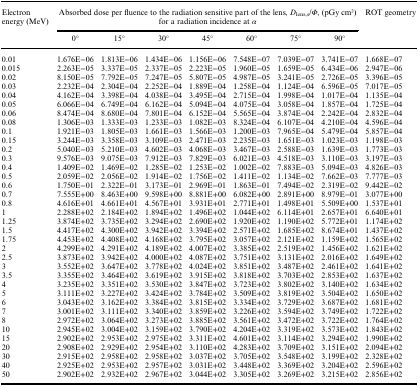
<table><thead><tr><td rowspan="2"><b>Electron energy (MeV)</b></td><td colspan="7"><b>Absorbed dose per fluence to the radiation sensitive part of the lens, <i>D</i><sub>lens,s</sub>/<i>Φ</i>, (pGy cm2) for a radiation incidence at <i>α</i></b></td><td rowspan="2"><b>ROT geometry</b></td></tr><tr><td><b>0°</b></td><td><b>15°</b></td><td><b>30°</b></td><td><b>45°</b></td><td><b>60°</b></td><td><b>75°</b></td><td><b>90°</b></td></tr></thead><tbody><tr><td>0.01</td><td>1.676E−06</td><td>1.813E−06</td><td>1.434E−06</td><td>1.156E−06</td><td>7.548E−07</td><td>7.039E−07</td><td>3.741E−07</td><td>1.668E−07</td></tr><tr><td>0.015</td><td>2.263E−05</td><td>3.337E−05</td><td>2.337E−05</td><td>2.223E−05</td><td>1.960E−05</td><td>1.659E−05</td><td>6.434E−06</td><td>2.947E−06</td></tr><tr><td>0.02</td><td>8.150E−05</td><td>7.792E−05</td><td>7.247E−05</td><td>5.807E−05</td><td>4.987E−05</td><td>3.241E−05</td><td>2.726E−05</td><td>3.396E−05</td></tr><tr><td>0.03</td><td>2.232E−04</td><td>2.304E−04</td><td>2.252E−04</td><td>1.889E−04</td><td>1.258E−04</td><td>1.124E−04</td><td>6.596E−05</td><td>7.017E−05</td></tr><tr><td>0.04</td><td>4.162E−04</td><td>3.398E−04</td><td>4.038E−04</td><td>3.495E−04</td><td>2.715E−04</td><td>1.998E−04</td><td>1.017E−04</td><td>1.135E−04</td></tr><tr><td>0.05</td><td>6.066E−04</td><td>6.749E−04</td><td>6.162E−04</td><td>5.094E−04</td><td>4.075E−04</td><td>3.058E−04</td><td>1.857E−04</td><td>1.725E−04</td></tr><tr><td>0.06</td><td>8.474E−04</td><td>8.680E−04</td><td>7.801E−04</td><td>6.152E−04</td><td>5.565E−04</td><td>3.874E−04</td><td>2.242E−04</td><td>2.832E−04</td></tr><tr><td>0.08</td><td>1.306E−03</td><td>1.333E−03</td><td>1.233E−03</td><td>1.082E−03</td><td>8.324E−04</td><td>6.107E−04</td><td>4.210E−04</td><td>4.596E−04</td></tr><tr><td>0.1</td><td>1.921E−03</td><td>1.805E−03</td><td>1.661E−03</td><td>1.566E−03</td><td>1.200E−03</td><td>7.965E−04</td><td>5.479E−04</td><td>5.857E−04</td></tr><tr><td>0.15</td><td>3.244E−03</td><td>3.358E−03</td><td>3.109E−03</td><td>2.471E−03</td><td>2.235E−03</td><td>1.651E−03</td><td>1.023E−03</td><td>1.198E−03</td></tr><tr><td>0.2</td><td>5.040E−03</td><td>5.210E−03</td><td>4.602E−03</td><td>4.068E−03</td><td>3.467E−03</td><td>2.588E−03</td><td>1.639E−03</td><td>1.773E−03</td></tr><tr><td>0.3</td><td>9.576E−03</td><td>9.075E−03</td><td>7.912E−03</td><td>7.829E−03</td><td>6.021E−03</td><td>4.518E−03</td><td>3.110E−03</td><td>3.197E−03</td></tr><tr><td>0.4</td><td>1.409E−02</td><td>1.469E−02</td><td>1.285E−02</td><td>1.253E−02</td><td>1.002E−02</td><td>7.883E−03</td><td>5.094E−03</td><td>4.826E−03</td></tr><tr><td>0.5</td><td>2.059E−02</td><td>2.056E−02</td><td>1.914E−02</td><td>1.756E−02</td><td>1.411E−02</td><td>1.134E−02</td><td>7.662E−03</td><td>7.777E−03</td></tr><tr><td>0.6</td><td>1.750E−01</td><td>2.322E−01</td><td>3.173E−01</td><td>2.969E−01</td><td>1.863E−01</td><td>7.494E−02</td><td>2.319E−02</td><td>9.442E−02</td></tr><tr><td>0.7</td><td>7.555E+00</td><td>8.463E+00</td><td>9.598E+00</td><td>8.881E+00</td><td>6.082E+00</td><td>2.891E+00</td><td>8.979E−01</td><td>3.077E+00</td></tr><tr><td>0.8</td><td>4.616E+01</td><td>4.661E+01</td><td>4.567E+01</td><td>3.931E+01</td><td>2.771E+01</td><td>1.498E+01</td><td>5.509E+00</td><td>1.537E+01</td></tr><tr><td>1</td><td>2.288E+02</td><td>2.184E+02</td><td>1.894E+02</td><td>1.496E+02</td><td>1.044E+02</td><td>6.114E+01</td><td>2.657E+01</td><td>6.640E+01</td></tr><tr><td>1.25</td><td>3.874E+02</td><td>3.735E+02</td><td>3.294E+02</td><td>2.690E+02</td><td>1.920E+02</td><td>1.190E+02</td><td>5.772E+01</td><td>1.174E+02</td></tr><tr><td>1.5</td><td>4.417E+02</td><td>4.300E+02</td><td>3.942E+02</td><td>3.394E+02</td><td>2.571E+02</td><td>1.685E+02</td><td>8.674E+01</td><td>1.437E+02</td></tr><tr><td>1.75</td><td>4.453E+02</td><td>4.408E+02</td><td>4.168E+02</td><td>3.795E+02</td><td>3.057E+02</td><td>2.121E+02</td><td>1.159E+02</td><td>1.565E+02</td></tr><tr><td>2</td><td>4.299E+02</td><td>4.291E+02</td><td>4.189E+02</td><td>4.007E+02</td><td>3.385E+02</td><td>2.519E+02</td><td>1.456E+02</td><td>1.621E+02</td></tr><tr><td>2.5</td><td>3.873E+02</td><td>3.942E+02</td><td>4.000E+02</td><td>4.087E+02</td><td>3.751E+02</td><td>3.131E+02</td><td>2.016E+02</td><td>1.649E+02</td></tr><tr><td>3</td><td>3.552E+02</td><td>3.647E+02</td><td>3.778E+02</td><td>4.024E+02</td><td>3.851E+02</td><td>3.487E+02</td><td>2.461E+02</td><td>1.641E+02</td></tr><tr><td>3.5</td><td>3.355E+02</td><td>3.464E+02</td><td>3.619E+02</td><td>3.915E+02</td><td>3.818E+02</td><td>3.703E+02</td><td>2.853E+02</td><td>1.637E+02</td></tr><tr><td>4</td><td>3.235E+02</td><td>3.351E+02</td><td>3.530E+02</td><td>3.847E+02</td><td>3.723E+02</td><td>3.802E+02</td><td>3.140E+02</td><td>1.634E+02</td></tr><tr><td>5</td><td>3.111E+02</td><td>3.227E+02</td><td>3.424E+02</td><td>3.784E+02</td><td>3.509E+02</td><td>3.819E+02</td><td>3.504E+02</td><td>1.650E+02</td></tr><tr><td>6</td><td>3.043E+02</td><td>3.162E+02</td><td>3.384E+02</td><td>3.815E+02</td><td>3.334E+02</td><td>3.729E+02</td><td>3.687E+02</td><td>1.681E+02</td></tr><tr><td>7</td><td>3.001E+02</td><td>3.111E+02</td><td>3.340E+02</td><td>3.859E+02</td><td>3.226E+02</td><td>3.594E+02</td><td>3.749E+02</td><td>1.722E+02</td></tr><tr><td>8</td><td>2.972E+02</td><td>3.064E+02</td><td>3.273E+02</td><td>3.885E+02</td><td>3.561E+02</td><td>3.472E+02</td><td>3.722E+02</td><td>1.764E+02</td></tr><tr><td>10</td><td>2.945E+02</td><td>3.004E+02</td><td>3.159E+02</td><td>3.790E+02</td><td>4.204E+02</td><td>3.319E+02</td><td>3.573E+02</td><td>1.843E+02</td></tr><tr><td>15</td><td>2.902E+02</td><td>2.953E+02</td><td>2.975E+02</td><td>3.311E+02</td><td>4.601E+02</td><td>3.114E+02</td><td>3.294E+02</td><td>1.990E+02</td></tr><tr><td>20</td><td>2.908E+02</td><td>2.929E+02</td><td>2.954E+02</td><td>3.110E+02</td><td>4.283E+02</td><td>3.709E+02</td><td>3.151E+02</td><td>2.094E+02</td></tr><tr><td>30</td><td>2.915E+02</td><td>2.958E+02</td><td>2.958E+02</td><td>3.037E+02</td><td>3.705E+02</td><td>3.548E+02</td><td>3.199E+02</td><td>2.328E+02</td></tr><tr><td>40</td><td>2.925E+02</td><td>2.953E+02</td><td>2.957E+02</td><td>3.031E+02</td><td>3.448E+02</td><td>3.369E+02</td><td>3.204E+02</td><td>2.596E+02</td></tr><tr><td>50</td><td>2.902E+02</td><td>2.932E+02</td><td>2.967E+02</td><td>3.044E+02</td><td>3.305E+02</td><td>3.269E+02</td><td>3.215E+02</td><td>2.856E+02</td></tr></tbody></table>